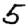
Digit: 5